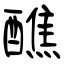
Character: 醮